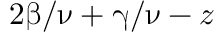
2 \upbeta / \upnu + \upgamma / \upnu - z